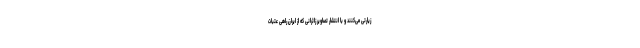
زیارتی می‌کنند و با انتشار تصاویر زائرانی که از ایران راهی عتبات